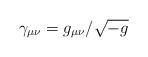
LaTeX: \begin{align*}\gamma_{\mu\nu} = g_{\mu\nu} / \sqrt{-g}\end{align*}